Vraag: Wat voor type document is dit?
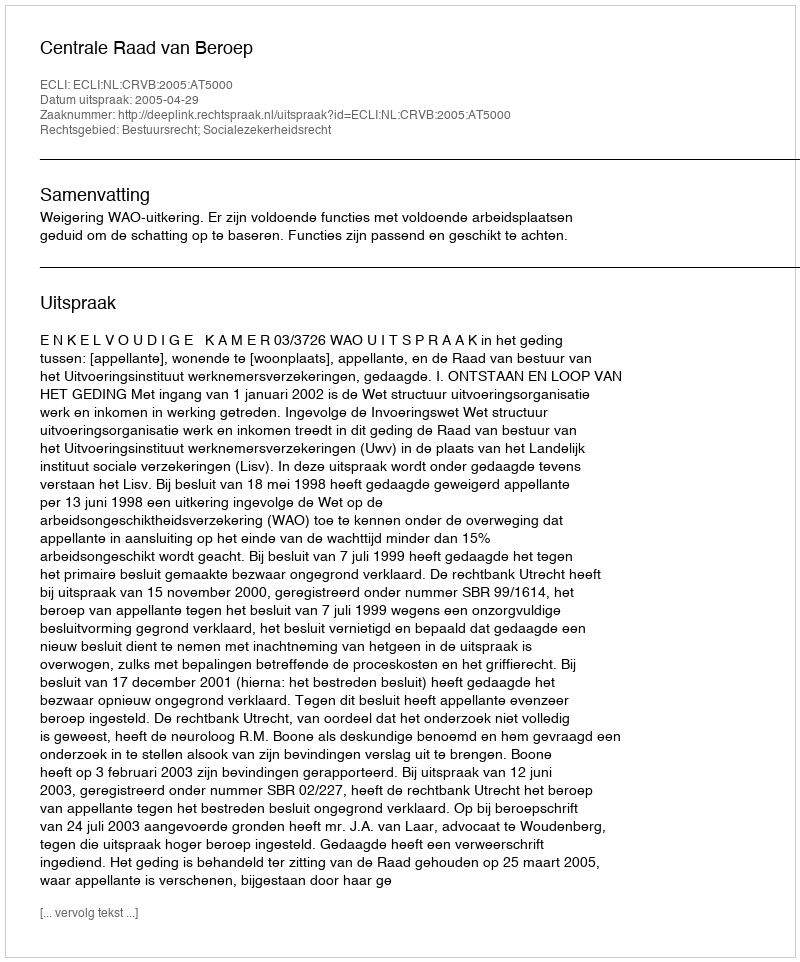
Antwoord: Uitspraak